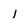
Character: i